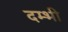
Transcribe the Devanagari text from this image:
दम्भी